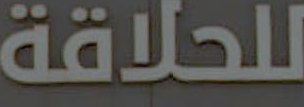
للحلاقة